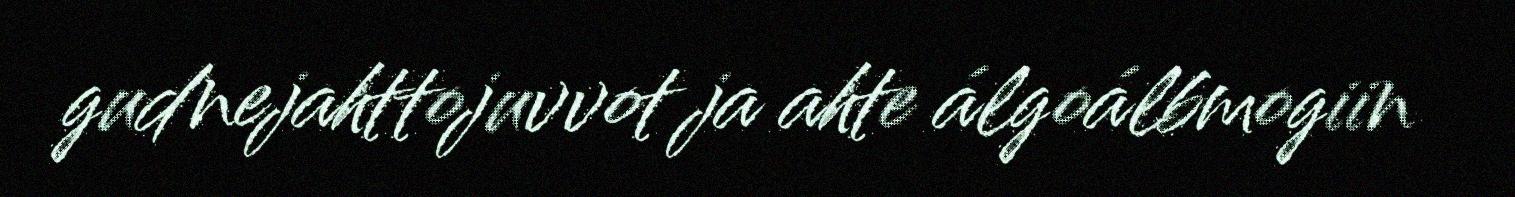
gudnejahttojuvvot ja ahte álgoálbmogiin